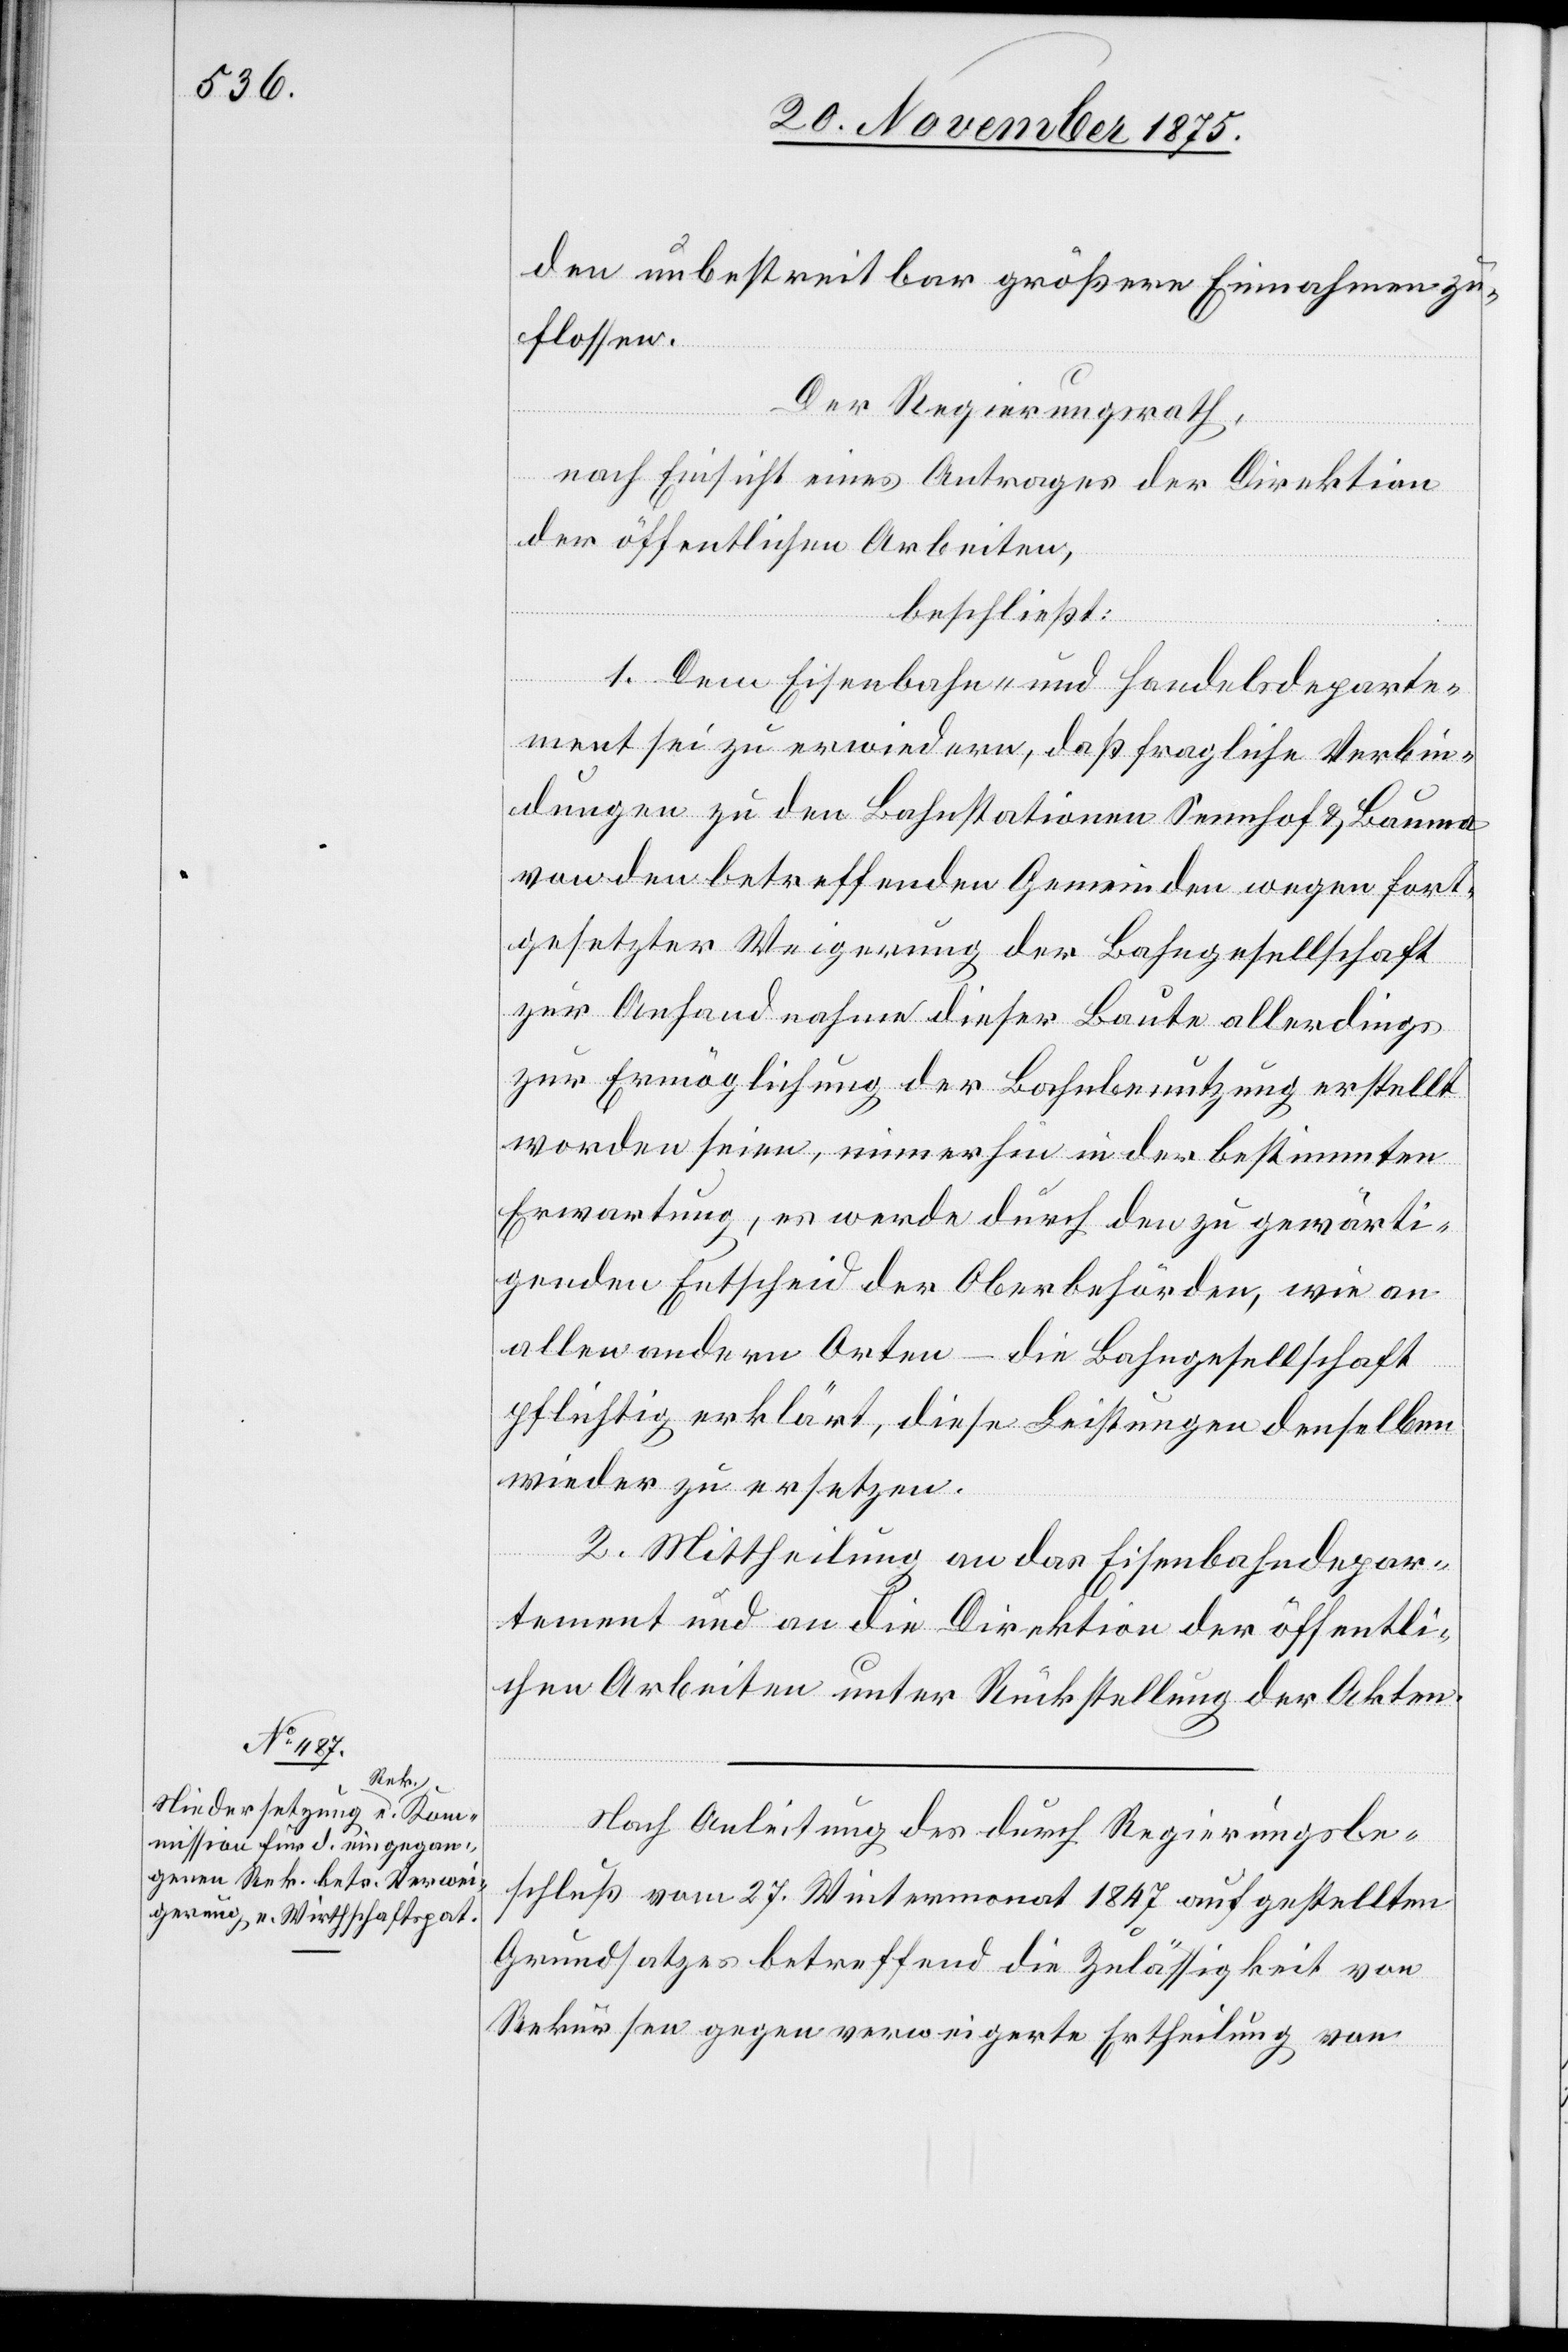
den unbestreitbar größere Einnahmen zu¬
flossen.
Der Regierungsrath,
nach Einsicht eines Antrages der Direktion
der öffentlichen Arbeiten,
beschließt:
1. Dem Eisenbahn- und Handelsdeparte¬
ment sei zu erwiedern, daß fragliche Verbin¬
dungen zu den Bahnstationen Sennhof & Bauma
von den betreffenden Gemeinden wegen fort¬
gesetzter Weigerung der Bahngesellschaft
zur Anhandnahme dieser Baute allerdings
zur Ermöglichung der Bahnbenutzung erstellt
worden seien, immerhin in der bestimmten
Erwartung, es werde durch den zu gewärti¬
genden Entscheid der Oberbehörden, wie an
allen andern Orten – die Bahngesellschaft
pflichtig erklärt, diese Leistungen denselben
wieder zu ersetzen.
2. Mittheilung an das Eisenbahndepar¬
tement und an die Direktion der öffentli¬
chen Arbeiten unter Rückstellung der Akten.
Nach Anleitung des durch Regierungsbe¬
schluß vom 27. Wintermonat 1847 aufgestellten
Grundsatzes betreffend die Zulässigkeit von
Rekursen gegen verweigerte Ertheilung von